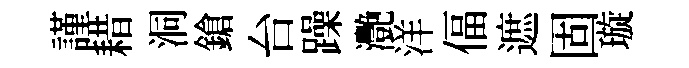
謹耤洞鎗台躁灧洋偪遮固璇